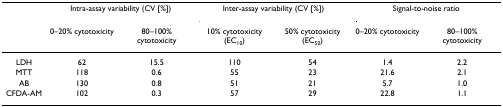
<table><thead><tr><td></td><td colspan="2"><b>Intra-assay variability (CV [%])</b></td><td colspan="2"><b>Inter-assay variability (CV [%])</b></td><td colspan="2"><b>Signal-to-noise ratio</b></td></tr><tr><td></td><td><b>0–20% cytotoxicity</b></td><td><b>80–100% cytotoxicity</b></td><td><b>10% cytotoxicity (EC<sub>10</sub>)</b></td><td><b>50% cytotoxicity (EC<sub>50</sub>)</b></td><td><b>0–20% cytotoxicity</b></td><td><b>80–100% cytotoxicity</b></td></tr></thead><tbody><tr><td>LDH</td><td>62</td><td>15.5</td><td>110</td><td>54</td><td>1.4</td><td>2.2</td></tr><tr><td>MTT</td><td>118</td><td>0.6</td><td>55</td><td>23</td><td>21.6</td><td>2.1</td></tr><tr><td>AB</td><td>130</td><td>0.8</td><td>51</td><td>21</td><td>5.7</td><td>1.0</td></tr><tr><td>CFDA-AM</td><td>102</td><td>0.3</td><td>57</td><td>29</td><td>22.8</td><td>1.1</td></tr></tbody></table>